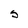
Character: S